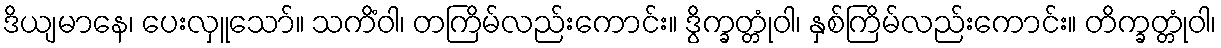
ဒိယျမာနေ၊ ပေးလှူသော်။ သကိံဝါ၊ တကြိမ်လည်းကောင်း။ ဒွိက္ခတ္တုံဝါ၊ နှစ်ကြိမ်လည်းကောင်း။ တိက္ခတ္တုံဝါ၊